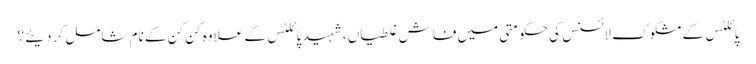
پائلٹس کے مشکوک لائسنس کی حکومتی میں فاش غلطیاں ، شہید پائلٹس کے علاوہ کن کن کے نام شامل کر دیئے ؟